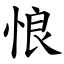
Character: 悢